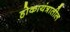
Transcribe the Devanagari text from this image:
होकायंत्रातील